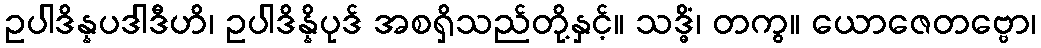
ဥပါဒိန္နပဒါဒီဟိ၊ ဥပါဒိန္နိပုဒ် အစရှိသည်တို့နှင့်။ သဒ္ဓိံ၊ တကွ။ ယောဇေတဗ္ဗော၊